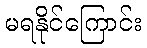
မရနိုင်ကြောင်း